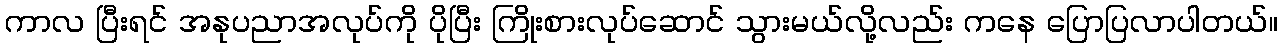
ကာလ ပြီးရင် အနုပညာအလုပ်ကို ပိုပြီး ကြိုးစားလုပ်ဆောင် သွားမယ်လို့လည်း ကနေ ပြောပြလာပါတယ်။